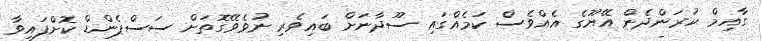
ގާއިމް ކުރަންދެން އޭޔޫގެ އެއްވެސް ކަމެއްގައި ސޫދާނަށް ބައިވެރި ނުވެވޭގޮތަށް ސަސްޕެންޑް ކޮށްފައިވާ